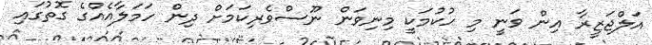
އަލްޖަޒީރާ އިން ވަނީ މި ހުކުމަކީ މިނިވަން ނޫސްވެރިކަމަށް ދިން ހަމަލާއެއްގެ ގޮތުގައި